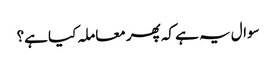
سوال یہ ہے کہ پھر معاملہ کیا ہے؟